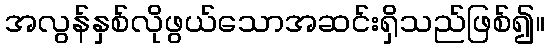
အလွန်နှစ်လိုဖွယ်သောအဆင်းရှိသည်ဖြစ်၍။